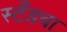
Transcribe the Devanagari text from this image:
स्टँडचा